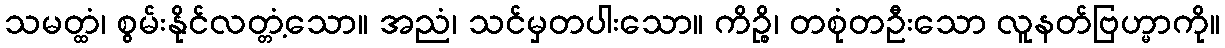
သမတ္ထံ၊ စွမ်းနိုင်လတ္တံ့သော။ အညံ၊ သင်မှတပါးသော။ ကိဉ္စိ၊ တစုံတဦးသော လူနတ်ဗြဟ္မာကို။